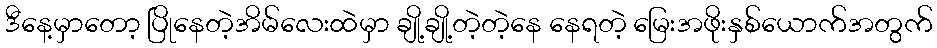
ဒီနေ့မှာတော့ ပြိုနေတဲ့အိမ်လေးထဲမှာ ချို့ချို့တဲ့တဲ့နေ နေရတဲ့ မြေးအဖိုးနှစ်ယောက်အတွက်